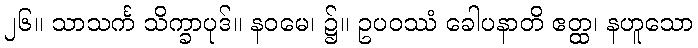
၂၆။ သာသင်္က သိက္ခာပုဒ်။ နဝမေ၊ ၌။ ဥပဝဿံ ခေါပနာတိ ဧတ္ထ၊ နဟူသော